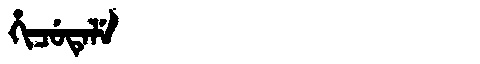
Manchu: ᡥᡳᠴᡠᡨᡝᠯᡝ
Romanization: HICUTELE